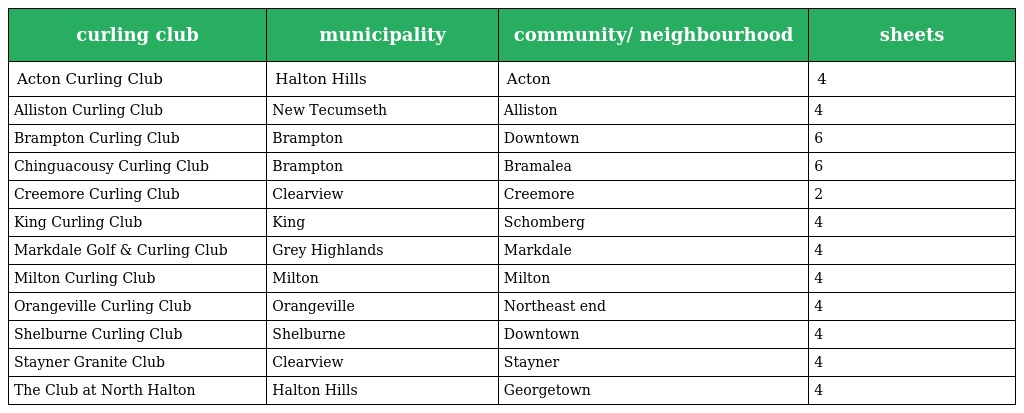
| curling club | municipality | community/ neighbourhood | sheets |
 | --- | --- | --- | --- |
 | Acton Curling Club | Halton Hills | Acton | 4 |
 | Alliston Curling Club | New Tecumseth | Alliston | 4 |
 | Brampton Curling Club | Brampton | Downtown | 6 |
 | Chinguacousy Curling Club | Brampton | Bramalea | 6 |
 | Creemore Curling Club | Clearview | Creemore | 2 |
 | King Curling Club | King | Schomberg | 4 |
 | Markdale Golf & Curling Club | Grey Highlands | Markdale | 4 |
 | Milton Curling Club | Milton | Milton | 4 |
 | Orangeville Curling Club | Orangeville | Northeast end | 4 |
 | Shelburne Curling Club | Shelburne | Downtown | 4 |
 | Stayner Granite Club | Clearview | Stayner | 4 |
 | The Club at North Halton | Halton Hills | Georgetown | 4 |